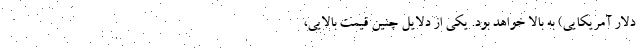
دلار آمریکایی) به بالا خواهد بود. یکی از دلایل چنین قیمت بالایی،